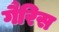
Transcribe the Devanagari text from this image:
गैरिस